Vital statistics of India. Vol. IV, Annual returns from 1871 to 1876. British Army of India, Native Army and jails of Bengal
Year: 1871
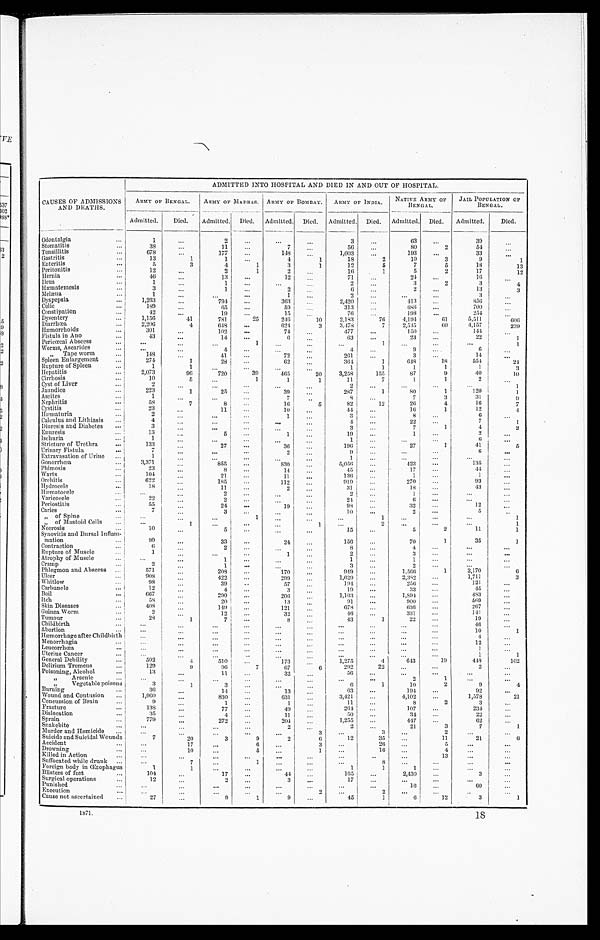
CAUSES OF ADMISSIONS AND DEATHS.
ADMITTED INTO HOSPITAL AND DIED IN AND OUT OF HOSPITAL.
ARMY OF BENGAL.
ARMY OF MADRS. ARMY OF BOMBAY.
ARMY OF INDIA.
NATIVE ARMY OF
BENGAL.
JAIL POPULATION OF
BENGAL.
Admitted.
Died.
Admitted. Died. Admitted. Died. Admitted. Died. Admitted. Died.
Admitted.
Died.
Odontalgia
. . .
1
. . .
2
. . .
. . .
. . .
3
. . .
63
. . .
39
...
Stomatitis
...
38
...
1 1
...
7
. . .
5 6 ...
80
2
54
. . .
Tonsillitis
...
678
. . .
177
...
148
. . .
1 , 0 0 3
. . .
1 9 3
. . .
3 3
. . .
Gastritis
...
13
1
1
...
4
1
18
2
10
3
9
1
Enteritis
. . .
5
3
4
1
3
1
12
5
7
5
18
13
Peritonitis
. . .
12
. . .
2
1
2
. . .
1 6
1
5
2
17
12
Hernia
...
4 6
. . .
13
. . .
1 2
. . .
7 1
. . .
2 4
. . .
1 6
. . .
Ileus
. . .
1
...
1
. . .
...
. . .
2
...
3
2
3
4
Hæmatemesis
...
3
. . .
1
. . .
2
. . .
6
. . .
2
. . .
1 3
3
Melæna
...
1
...
. . .
. . .
1
. . .
2
. . .
. . .
. . .
3
. . .
Dyspepsia
...
1,263
. . .
7 9 4
. . .
363
. . .
2,420
. . .
413
. . .
8 5 6
. . .
Colic
...
189
. . .
65
. . .
5 9
. . .
3 1 3 ...
6 8 6
...
700 ...
Constipation
...
42
. . .
19
...
15
. . .
76
. . .
1 9 8
. . .
2 5 4 ...
Dysentery
. . .
1,156
41
7 8 1
2 5
246
1 0
2 , 1 8 3
76
4 , 1 9 4
61
5,511
6 0 6
Diarrhœa
...
2 , 2 0 6
4
6 4 8
. . .
6 2 4
3
3 , 4 7 8
7
2 , 5 1 5
6 0
4 , 1 5 7
2 3 9
Hæmorrhoids
...
301
. . .
102
...
74
. . .
477
. . .
150
. . .
1 4 4
. . .
Fistula in Ano
. . .
4 3
...
14
...
6
. . .
63 ...
23
. . .
2 2
1
Pericœcal Abscess
...
. . .
. . .
. . .
1
. . .
. . .
. . .
1
. . .
. . .
. . .
1
Worms, Ascarides
...
. . .
. . .
4
. . .
. . .
. . .
4
...
9
. . .
6
. . .
„ Tape worm
. . .
148
. . .
4 1
. . .
7 2
. . .
261
. . .
3
. . .
1 4
. . .
Spleen Enlargement
. . .
274
1
2 8
. . .
62
. . .
3 6 4
1
6 4 8
18
554
2 4
Rupture of Spleen
...
1
1
. . .
. . .
. . .
. . .
1
1
1
1
1
3
Hepatitis
. .
2 , 0 7 3
96
7 2 0
3 9
4 6 5
2 0
3,258
155
87
9
40
10
Cirrhosis
...
1 0
5
. . .
1
1
1
11
7
1
1
2
. . .
Cyst of Liver
...
2
. . .
. . .
. . .
. . .
. . .
2
. . .
. . .
. . .
. . .
1
Jaundice
...
223
1
25
...
3 9
. . .
2 8 7
1
80
1
120
1
Ascites
...
1
. . .
. . .
. . .
7
. .
8
. . .
7
3
3 1
9
Nephritis
. . .
5 8
7
8
...
16
5
82
12
2 6
4
16
7
Cystitis
...
23
. . .
11
...
10
. . .
44
. . .
16
1
1 2
4
Hæmaturia
. . .
2
. . .
. . .
. . .
1
. . .
3
. . .
8
. . .
6
. . .
Calculus and Lithiasis
...
4
. . .
. . .
. . .
. . .
. . .
4
. . .
22
. . .
7
1
Diuresis and Diabetes
. . .
3
. . .
. . .
. . .
. . .
. . .
3
. . .
7
1
4
2
Enuresis
...
13
...
5
. . .
1
. . .
1 9
. . .
1
. . .
2
. . .
Ischuria
...
1
. . .
. . .
. . .
. . .
. . .
1
. . .
. . .
. . .
6
. . .
Stricture of Urethra
. . .
1 3 3
...
2 7
. . .
36
. . .
1 9 6
. . .
27
1
4 1
5
Urinary Fistula
. . .
7
. . .
. . .
. . .
2
. . .
9
. . .
. . .
. . .
6
. . .
Extravasation of Urine ...
1
. . .
. . .
. . .
. . .
. . .
1
. . .
. . .
. . .
. . . ...
Gonorrhœa
. . .
3 , 3 7 1
. . .
8 5 5
. . .
8 3 0
. . .
5 , 0 5 6
. . .
4 2 3
. . .
1 3 5
. . .
Phimosis
. . .
2 3
. . .
8
. . .
1 4
. . .
4 5
. . .
1 7
. . .
4 4
. . .
Warts
. . .
104
. . .
2 1
. . .
11
. . .
1 3 6
...
1
...
1
. . .
Orchitis
...
622
...
185
. . .
112
. . .
9 1 9
. . .
270
. . .
93
. . .
Hydrocele
. . .
18
. . .
11
...
2
. . .
31
...
18
...
4 3
. . .
Hæmatocele
. . .
. . .
. . .
2
...
. . .
. . .
2
. . .
1
. . .
. . .
. . .
Varicocele
...
22
. . .
2
. . .
. . .
. . .
24
. . .
6
...
...
. . .
P eriostitis
...
55
. . .
24
. . .
1 9
. . .
98
. . .
3 2
. . .
12
. . .
Caries
. . .
7
. . .
3
. . .
. . .
. . .
1 0
. . .
2
. . .
5
..
„ of Spine
. . .
. . .
. . .
. . .
1
. . .
. . .
. . .
1
. . .
. . .
. . .
1
„ of Mastoid Cells
...
. . .
1
. . .
. . .
. . .
1
. . .
2
. . .
. . .
. . .
1
Necrosis
...
10
. . .
5
. . .
. . .
. . .
15
. . .
5
2
11
1
Synovitis and Bursal Inflam
mation
...
9 9
. . .
33
...
2 4
. . .
1 5 6
. . .
70
1
35
1
Contraction
...
6
...
2
...
. . .
. . .
8
. . .
4
. . .
. . .
. . .
Rupture of Muscle
. . .
1
. . .
. . .
. . .
1
. . .
2
. . .
3
. . .
. . .
. . .
Atrophy of Muscle
. . .
. . .
. . .
1
. . .
. . .
. . .
1
. . .
1
. . .
. . . ...
Cramp
. . .
2
...
1
. . .
. . .
. . .
3
. . .
2
. . .
. . .
. . .
Phlegmon and Abscess ...
571
...
208
. . .
1 7 0
. . .
9 4 9
. . .
1 , 5 6 6
1
2,170
6
Ulcer
...
908
. . .
4 2 2
...
299
. . .
1,629
...
2,382
. . .
1,711
3
Whitlow
. . .
9 8
. . .
39
. .
5 7
. . .
1 9 4
...
256
. . .
121
. . .
Carbuncle
. . .
12
. . .
4
. . .
3
. . .
1 9
. . .
3 3
...
4 5 ...
Boil
. . .
667
. . .
290
...
206
. . .
1 , 1 6 3 ...
1,894
. . .
483
...
Itch
...
5 8
. . .
20
. . .
13
. . .
91
...
900
. . .
5 6 9
. . .
Skin Diseases
...
4 0 8
. . .
1 4 9
. . .
121
. . .
6 7 8
. . .
636
. . .
267
...
Guinea Worm
...
2
. . .
1 2
. . .
3 2
. . .
46
...
3 3 1
. . .
141
. . .
Tumour
...
28
1
7
. . .
8
. . .
43
1
22
. . .
1 9
. . .
Childbirth
...
. . .
. . .
. . .
. . .
. . . . . .
. . .
. . .
. . .
. . .
46
...
Abortion
...
. . .
. . .
. . .
. . .
. . .
. . .
. . .
. . .
. . .
. . .
10
1
Hæmorrhage after Childbirth
. . .
. . .
. . .
. . .
. . .
. . .
. . .
. . .
. . .
. . .
4
. . .
Menorrhagia
...
. . .
...
. . .
. . .
. . .
. . .
. . .
. . .
. . .
. . .
12
. . .
Leucorrhœa
. . .
. . .
...
. . .
. . .
. . .
. . .
. . .
. . .
. . .
. . .
1
. . .
Uterine Cancer
...
. . .
...
. . .
. .
. . .
. . .
. . .
...
. . .
. . .
1
1
General Debility
...
5 9 2
4
5 1 0
. . .
1 7 3
. . .
1 , 2 7 5
4
6 4 3
1 9
4 4 8
102
Delirium Tremens
...
1 2 9 9
9 6
7
67
6
2 9 2
2 2
. . .
. . .
2
. . .
Poisoning, Alcohol
...
13
. . .
1 1
. . .
3 2
. . .
5 6
. . .
. . .
. . .
. . .
. . .
,,
Arsenic
...
. . .
. . .
. . .
. . .
. . .
. . .
. . .
. . .
2
1
. . .
. . .
„
Vegetable poisons
3
1
3
. . .
. . .
. . .
6
1
1 0
2
9
4
Burning
. . .
36
. . .
14
. . .
1 3
. . .
6 3
. . .
1 9 4
. . .
92
. . .
Wound and Contusion
...
1 , 9 6 0
. . .
830
. . .
631
. . .
3 , 4 2 1
. . .
4,102
...
1,578
21
Concussion of Brain
...
9
...
1
. . .
1
. . .
1 1
...
8
2
3
. . .
Fracture
. . .
138
. . .
77
...
49
. . .
2 6 4
. . .
107
. . .
234
...
Dislocation
...
35
. . .
4
...
1 1
. . .
50
. . .
34
. . .
2 2
. . .
Sprain
...
7 7 9
. . .
272
. . .
2 0 4
. . .
1 , 2 5 5
. . .
447
. . .
62
. . .
Snakebite
...
. . .
...
. . .
. . .
2
. . .
2
...
21
3
7
1
Murder and Homicide
...
. . .
. . .
. . .
. . .
. . .
3
. . .
3
. . .
2
. . .
. . .
Suicide and Suicidal Wounds
7
20
3
9
2
6
12
35
...
11
21
6
Accident
. . .
. . .
17
. . .
6
. . .
3
...
26
. . .
5
. . .
. . .
Drowning
. . .
. . .
10
. . .
5
...
1
. . .
16
. . .
4
. . .
...
Ki l l ed i n Acti on
. . .
. . .
. . .
. . . . . .
. . .
. . .
. . .
. .
. . .
13
. . .
. . .
Suffocated while drunk ...
. . .
7
. . .
1
. . .
. . .
. . .
8
. . .
. . .
. . .
. . .
Foreign body in Œsophagus
1
1
. . .
. . .
. . .
. . .
1
1
1
. . .
. . .
...
Blisters of feet
...
104 ...
1 7
. . .
4 4
. . .
165
. . .
2,430
. . .
3 ...
Surgical operations
...
12
. . .
2
. . .
3
. . .
1 7
. . .
. . .
. . .
. . .
. . .
Punished
...
. . .
. . .
. . .
. . .
. . .
. . .
. . .
. . .
1 6
. . .
6 0
. . .
Execution
. . .
. . .
. . .
. . .
. . .
. . .
2
...
2
. . .
. . .
. .
. . .
Cause not ascertained
...
27
...
9
1
9
...
45
1
6
1 2
3
1
18